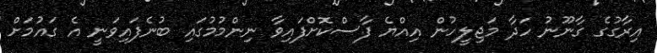
އިރާގުގެ ގާނޫނު ހަދާ މަޖިލީހުން އިއްޔެ ފާސްކޮށްފައިވާ ނިންމުމުގައި ބުނެފައިވަނީ އެ ގައުމަށް